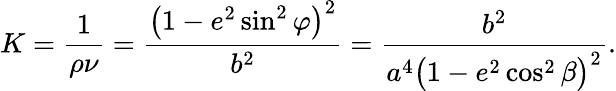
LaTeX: K={\frac{1}{\rho\nu}}={\frac{{\bigl(}1-e^{2}\sin^{2}\varphi{\bigr)}^{2}}{b^{2}}}={\frac{b^{2}}{a^{4}{\bigl(}1-e^{2}\cos^{2}\beta{\bigr)}^{2}}}.